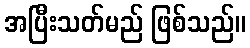
အပြီးသတ်မည် ဖြစ်သည်။